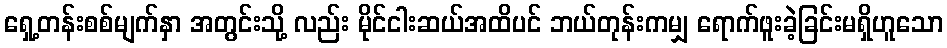
ရှေ့တန်းစစ်မျက်နှာ အတွင်းသို့ လည်း မိုင်ငါးဆယ်အထိပင် ဘယ်တုန်းကမျှ ရောက်ဖူးခဲ့ခြင်းမရှိဟူသော